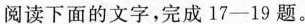
阅读下面的文字，完成17——19题。